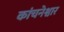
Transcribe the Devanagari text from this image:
कांचनेश्वार